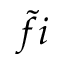
\tilde { f } i